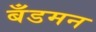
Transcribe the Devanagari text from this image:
बँडमन